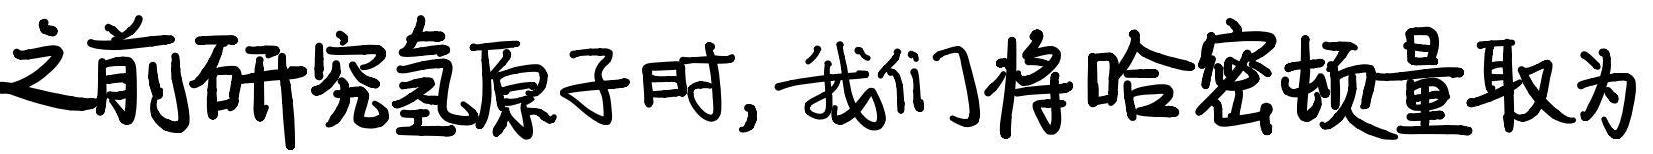
之前研究氢原子时, 我们将哈密顿量取为